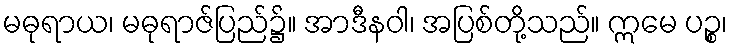
မဓုရာယ၊ မဓုရာဇ်ပြည်၌။ အာဒီနဝါ၊ အပြစ်တို့သည်။ ဣမေ ပဉ္စ၊